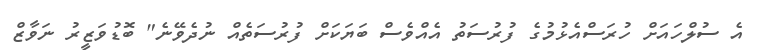
އެ ސުލްހައަށް ހުރަސްއެޅުމުގެ ފުރުސަތު އެއްވެސް ބަޔަކަށް ފުރުސަތެއް ނުދެވޭނެ" ބޮޑުވަޒީރު ނަވާޒް